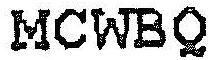
MCWBQ